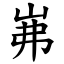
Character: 岪